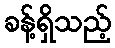
ခန့်ရှိသည့်